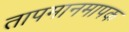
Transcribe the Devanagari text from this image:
तापमानमापक